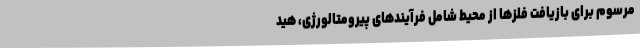
مرسوم برای بازیافت فلزها از محیط شامل فرآیندهای پیرومتالورژی، هید